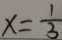
x = \frac { 1 } { 3 }